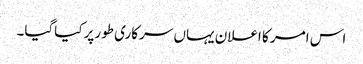
اس امر کا اعلان یہاں سرکاری طورپر کیاگیا۔